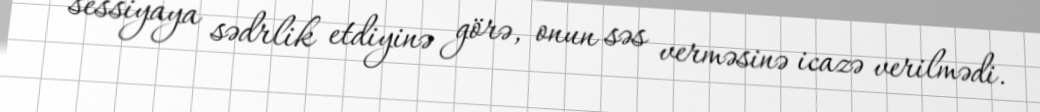
sessiyaya sədrlik etdiyinə görə, onun səs verməsinə icazə verilmədi.